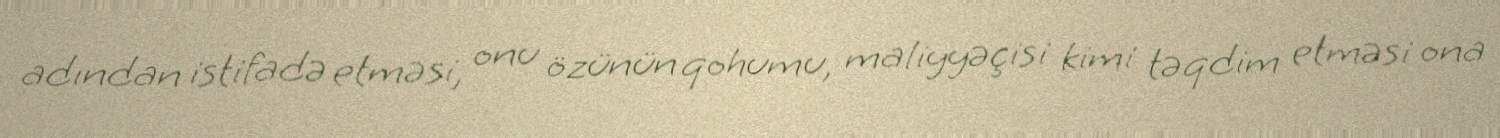
adından istifadə etməsi, onu özünün qohumu, maliyyəçisi kimi təqdim etməsi ona